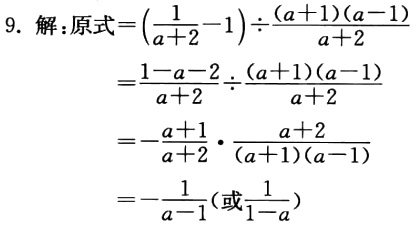
9. 解：原式\(=(\frac{1}{a + 2}-1)\div\frac{(a + 1)(a - 1)}{a + 2}\)

\(=\frac{1 - a - 2}{a + 2}\div\frac{(a + 1)(a - 1)}{a + 2}\)

\(=-\frac{a + 1}{a + 2}\cdot\frac{a + 2}{(a + 1)(a - 1)}\)

\(=-\frac{1}{a - 1}(或\frac{1}{1 - a})\)